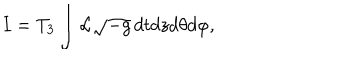
LaTeX: I = T _ { 3 } \int { \cal L } \sqrt { - g } \, d t d z d \theta d \varphi ,